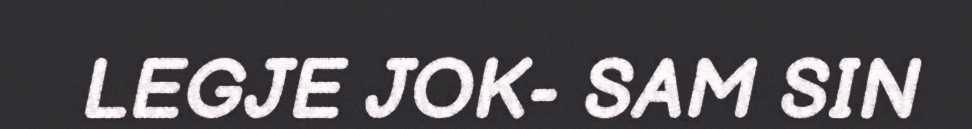
LEGJE JOK- SAM SIN